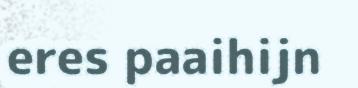
eres paaihijn